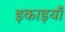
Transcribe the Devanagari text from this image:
इकाइयांँ